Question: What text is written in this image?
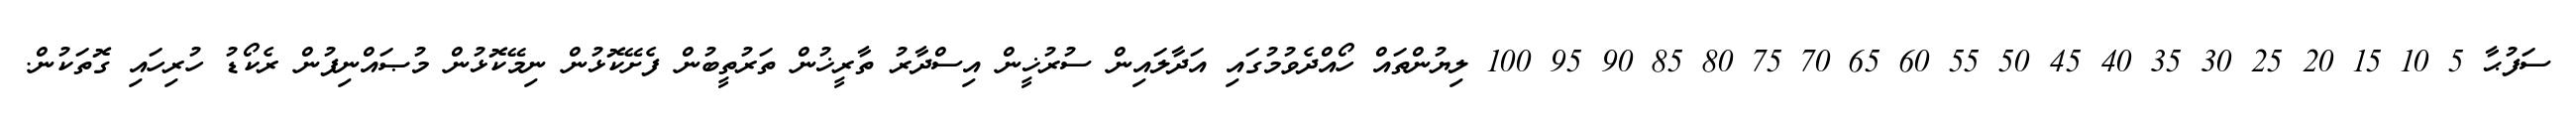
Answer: ސަފުޙާ 5 10 15 20 25 30 35 40 45 50 55 60 65 70 75 80 85 90 95 100 ލިޔުންތައް ހޯއްދެވުމުގައި އަދާލައިން ސުރުޚީން އިސްދާރު ތާރީޚުން ތަރުތީބުން ފެށޭކޮޅުން ނިމޭކޮޅުން މުޞައްނިފުން ރެކޯޑު ހުރިހައި ގޮތަކުން.